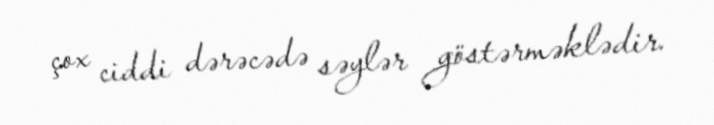
çox ciddi dərəcədə səylər göstərməklədir.